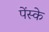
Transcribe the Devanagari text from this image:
पेंस्के